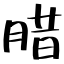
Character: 腊